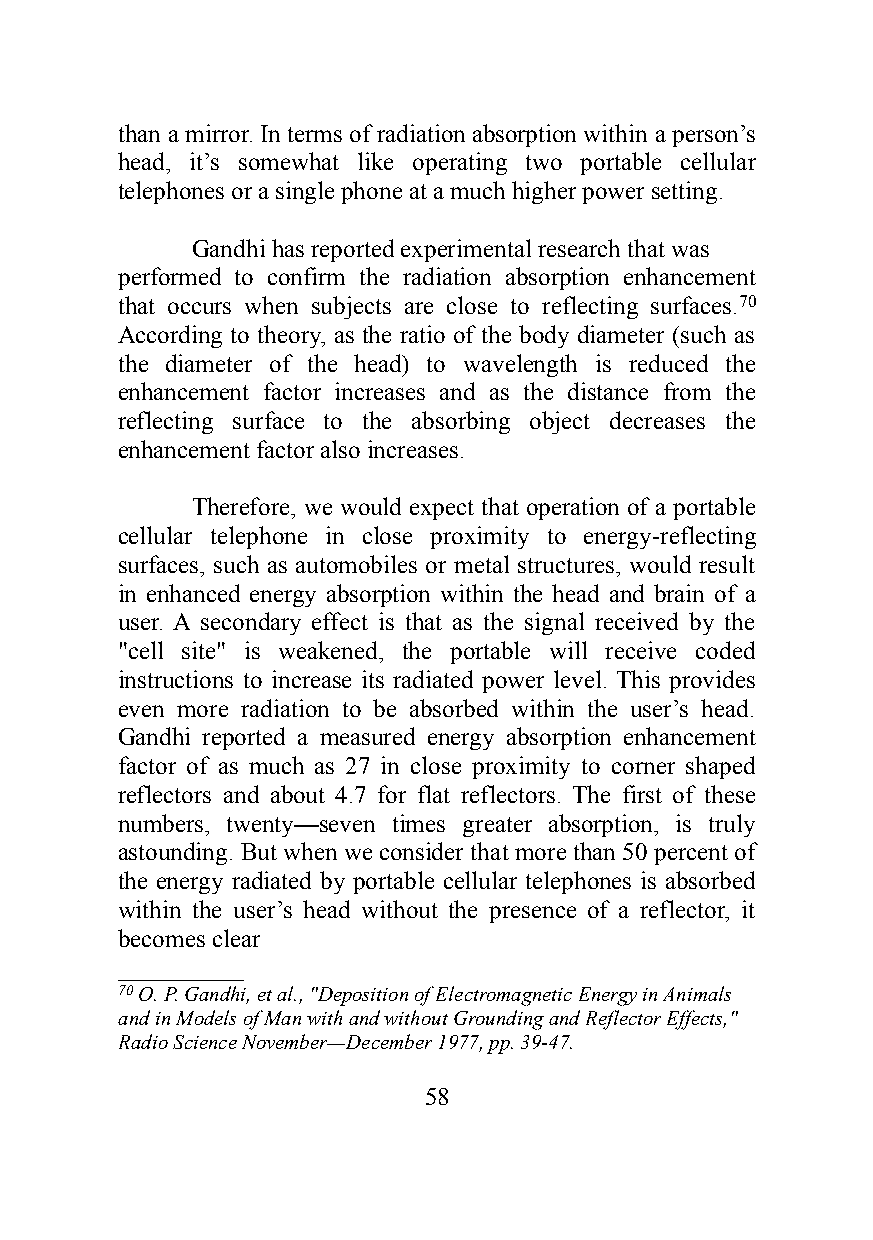
than a mirror. In terms of radiation absorption within a person’s
 head, it’s somewhat like operating two portable cellular
 telephones or a single phone at a much higher power setting.
 Gandhi has reported experimental research that was
 performed to confirm the radiation absorption enhancement
 that occurs when subjects are close to reflecting surfaces.70
 According to theory, as the ratio of the body diameter (such as
 the diameter of the head) to wavelength is reduced the
 enhancement factor increases and as the distance from the
 reflecting surface to the absorbing object decreases the
 enhancement factor also increases.
 Therefore, we would expect that operation of a portable
 cellular telephone in close proximity to energy-reflecting
 surfaces, such as automobiles or metal structures, would result
 in enhanced energy absorption within the head and brain of a
 user. A secondary effect is that as the signal received by the
 "cell site" is weakened, the portable will receive coded
 instructions to increase its radiated power level. This provides
 even more radiation to be absorbed within the user’s head.
 Gandhi reported a measured energy absorption enhancement
 factor of as much as 27 in close proximity to corner shaped
 reflectors and about 4.7 for flat reflectors. The first of these
 numbers, twenty—seven times greater absorption, is truly
 astounding. But when we consider that more than 50 percent of
 the energy radiated by portable cellular telephones is absorbed
 within the user’s head without the presence of a reflector, it
 becomes clear
 __________
 70 O. P. Gandhi, et al., "Deposition of Electromagnetic Energy in Animals
 and in Models of Man with and without Grounding and Reflector Effects,"
 Radio Science November—December 1977, pp. 39-47.
 58